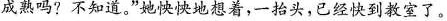
成熟吗?不知道。”她怏怏地想着，一抬头，已经快到教室了。